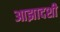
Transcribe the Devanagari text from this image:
आझादशी